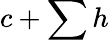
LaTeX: c+\sum h